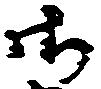
御